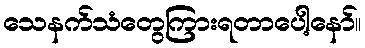
သေနက်သံတွေကြားရတာပေါ့နော်။